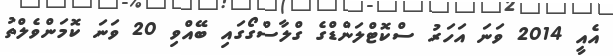
އެއީ 2014 ވަނަ އަހަރު ސްކޮޓްލަންޑްގެ ގްލާސްގޯގައި ބޭއްވި 20 ވަނަ ކޮމަންވެލްތު